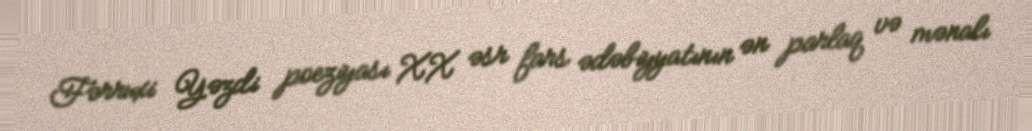
Fərruxi Yəzdi poeziyası XX əsr fars ədəbiyyatının ən parlaq və mənalı